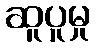
ဆူပူမှု